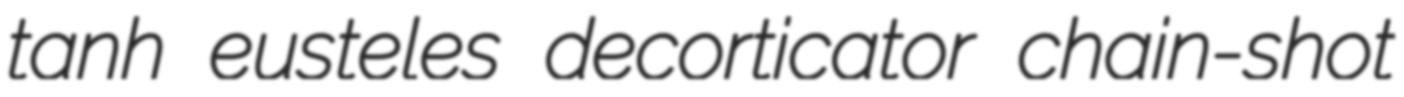
tanh eusteles decorticator chain-shot